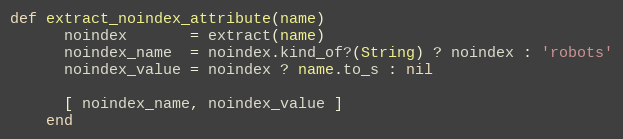
Language: Ruby
def extract_noindex_attribute(name)
      noindex       = extract(name)
      noindex_name  = noindex.kind_of?(String) ? noindex : 'robots'
      noindex_value = noindex ? name.to_s : nil

      [ noindex_name, noindex_value ]
    end